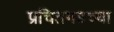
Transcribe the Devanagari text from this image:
प्रचितगडच्या